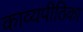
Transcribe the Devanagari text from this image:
काव्यपीठिका